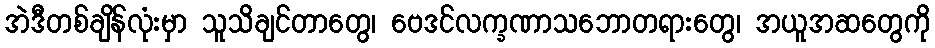
အဲဒီတစ်ချိန်လုံးမှာ သူသိချင်တာတွေ၊ ဗေဒင်လက္ခဏာသဘောတရားတွေ၊ အယူအဆတွေကို